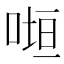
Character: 𭈲